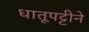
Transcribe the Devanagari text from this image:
धातूपट्टीने